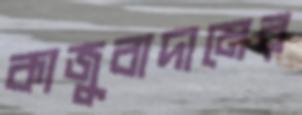
কাজুবাদামের